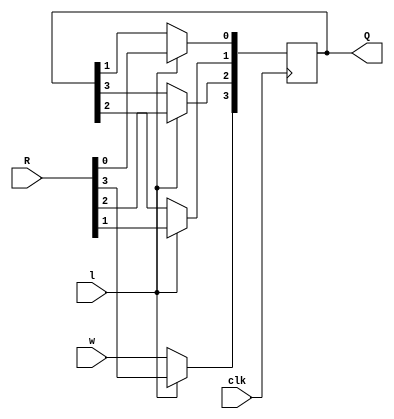
`timescale 1ns / 1ps
//////////////////////////////////////////////////////////////////////////////////
// Company: 
// Engineer: 
// 
// Design Name: 
// Module Name:    shiftreg 
// Project Name: 
// Target Devices: 
// Tool versions: 
// Description: 
//
// Dependencies: 
//
// Revision: 
// Revision 0.01 - File Created
// Additional Comments: 
//
//////////////////////////////////////////////////////////////////////////////////
module shiftreg(
R, l, w, clk, Q
    );

input [3:0] R;
input l, w, clk;
output [3:0] Q;
reg [3:0] Q;
always @ (posedge clk)
if(l)
Q<=R;
else begin
Q[0]<=Q[1];
Q[1]<=Q[2];
Q[2]<=Q[3];
Q[3]<=w;
end

endmodule